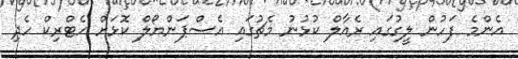
އެންމެ ފަހުން ލީގުގައި ރެއާލް ކުޅުނު މެޗުގައި އެސްޕަންޔޯލް ކޮޅަށް ހެޓްރިކް ހެދި